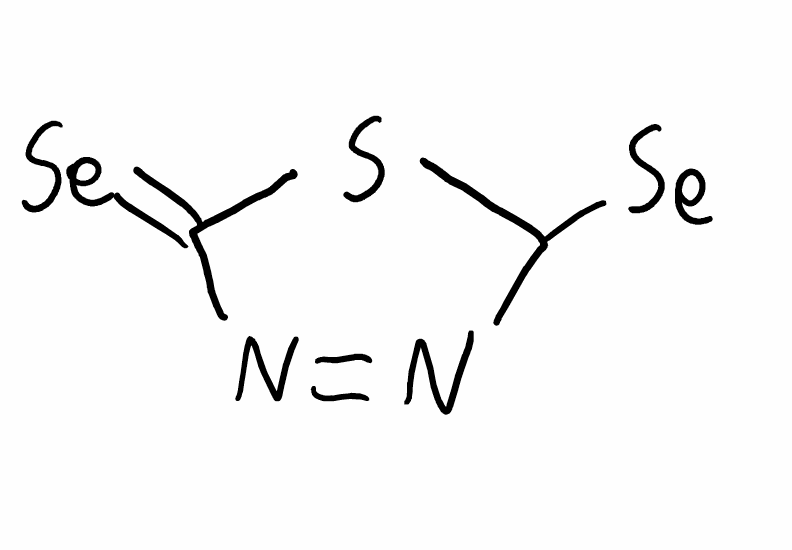
Simplified molecular-input line-entry system (SMILES) notation of the given molecule:
C1(N=NC(=[Se])S1)[Se]